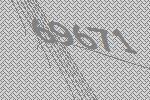
69671